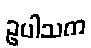
ဥပါသက